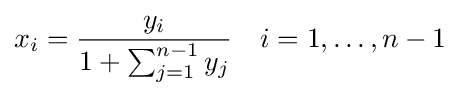
x_{i}={\frac {y_{i}}{1+\sum _{j=1}^{n-1}{y_{j}}}}\quad i=1,\ldots ,n-1